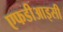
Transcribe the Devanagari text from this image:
एफडीआइसी